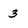
Character: 3